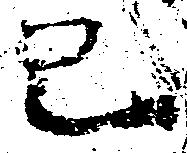
巳